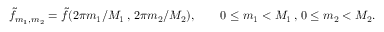
\tilde { f } _ { m _ { 1 } , m _ { 2 } } = \tilde { f } ( 2 \pi m _ { 1 } / M _ { 1 } \, , \, 2 \pi m _ { 2 } / M _ { 2 } ) , \qquad 0 \le m _ { 1 } < M _ { 1 } \, , \, 0 \le m _ { 2 } < M _ { 2 } .